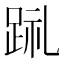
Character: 𲃤